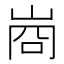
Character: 𭖣